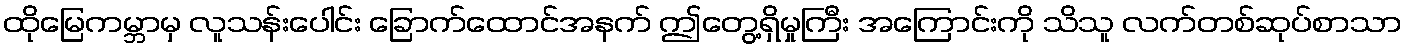
ထိုမြေကမ္ဘာမှ လူသန်းပေါင်း ခြောက်ထောင်အနက် ဤတွေ့ရှိမှုကြီး အကြောင်းကို သိသူ လက်တစ်ဆုပ်စာသာ